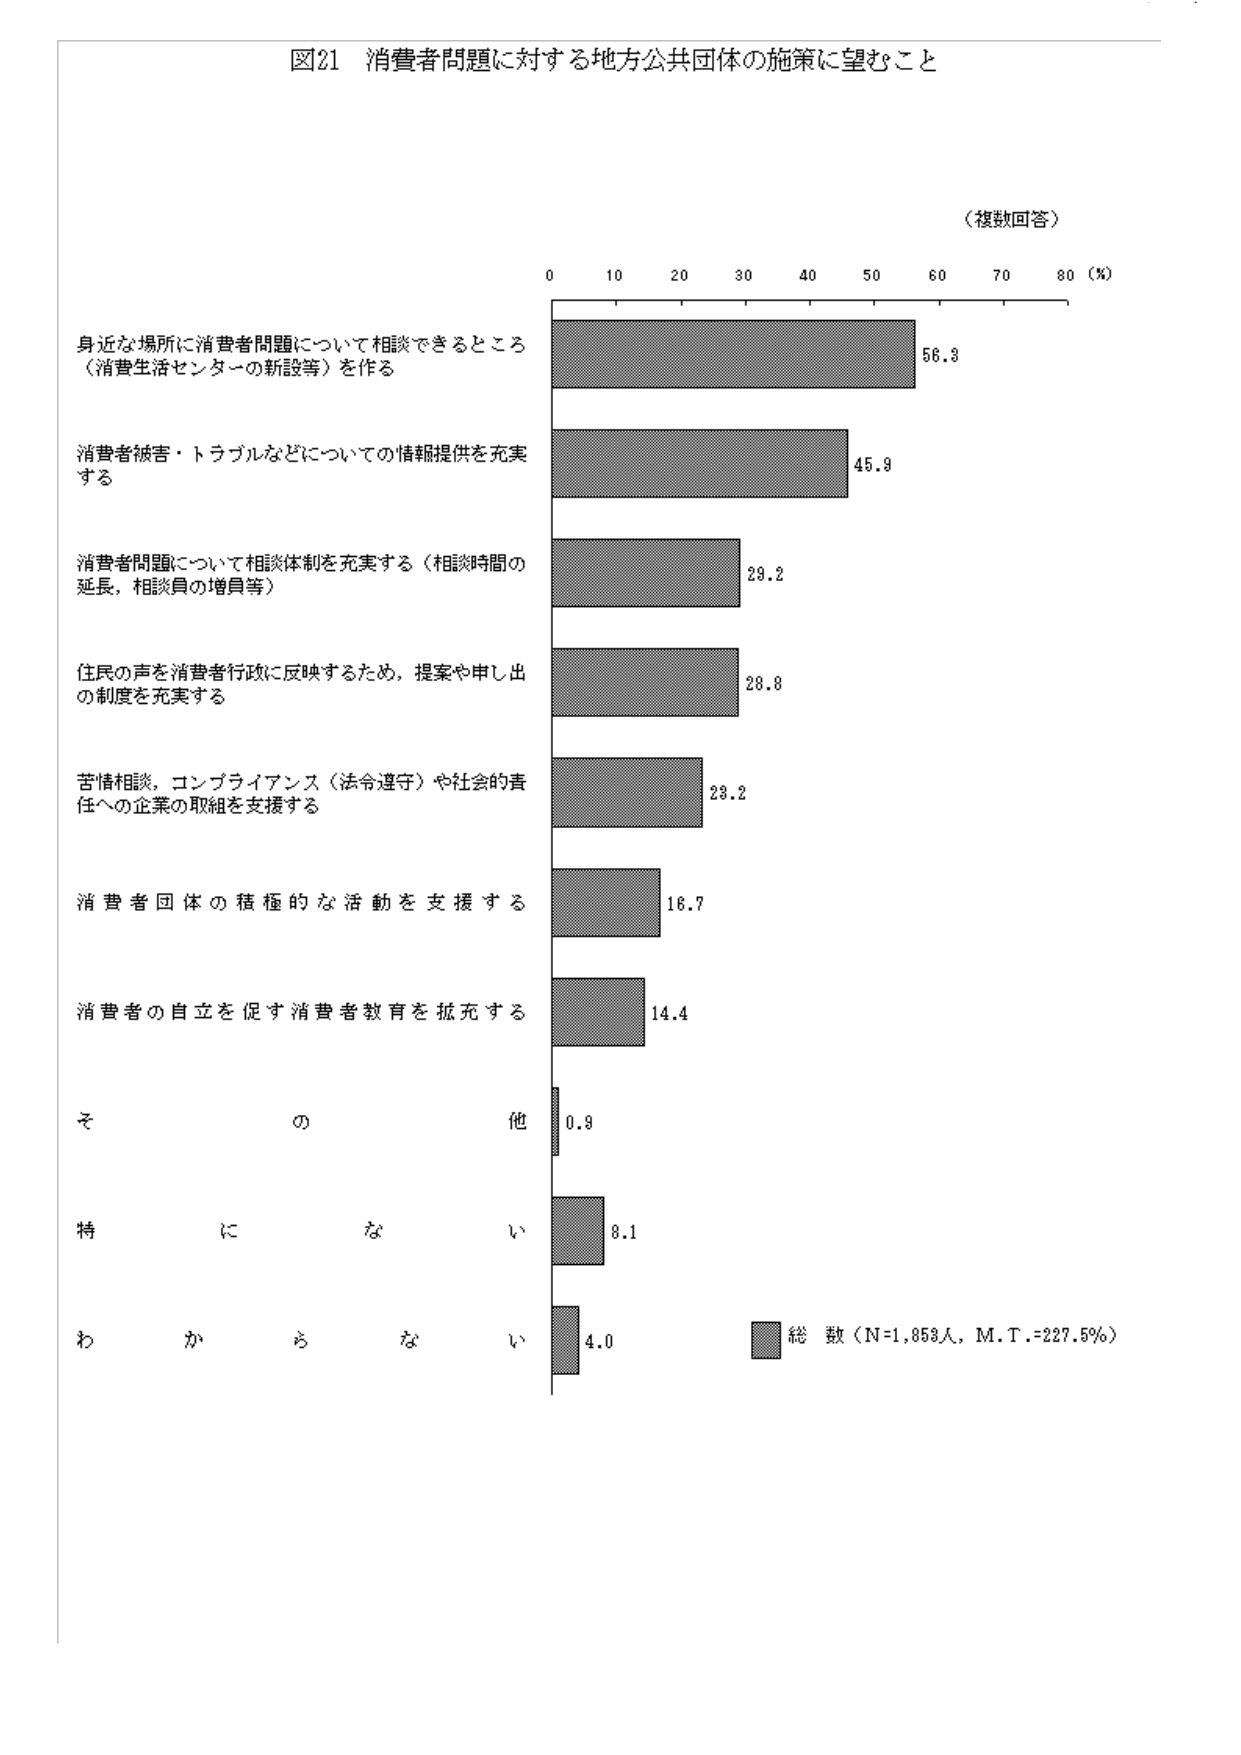
図21 消費者問題に対する地方公共団体の施策に望むこと

（複数回答）

0 10 20 30 40 50 60 70 80（％）

身近な場所に消費者問題について相談できるところ
（消費生活センターの新設等）を作る 56.8

消費者被害・トラブルなどについての情報提供を充実
する 45.9

消費者問題について相談体制を充実する（相談時間の
延長，相談員の増員等） 29.2

住民の声を消費者行政に反映するため，提案や申し出
の制度を充実する 28.8

苦情相談，コンプライアンス（法令遵守）や社会的責
任への企業の取組を支援する 23.2

消費者団体の積極的な活動を支援する 16.7

消費者の自立を促す消費者教育を拡充する 14.4

その他 0.9

特にない 8.1

わからない 4.0

■ 総数（N=1,858人，M.T.=227.5％）